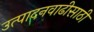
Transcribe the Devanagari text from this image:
उत्पादनवाढीसाठी